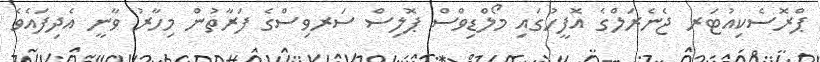
ޕްރޮސެކިއުޓަރ ޖެނެރަލްގެ އޮފީހުގައި މޯލްޑިވްސް ޕޮލިސް ސަރވިސްގެ ފަރާތުން މިހާރު ވާނީ އެދިފައެވެ